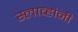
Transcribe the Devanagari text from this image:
स्लाव्हांनी